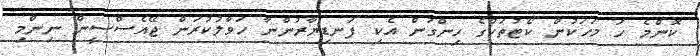
ކޮންމެ ހަ މަހަކުން ކޯޓުތަކުގެ ހިންގުން އެކި ފަނޑިޔާރުންނާ ހަވާލުކުރަން ޖޭއެސްސީން ނިންމި